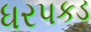
ધરપકડ